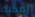
يمكنك